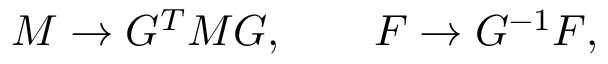
{ \cal M } \to G ^ { T } { \cal M } G , \qquad F \to G ^ { - 1 } F ,